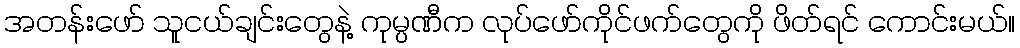
အတန်းဖော် သူငယ်ချင်းတွေနဲ့ ကုမ္ပဏီက လုပ်ဖော်ကိုင်ဖက်တွေကို ဖိတ်ရင် ကောင်းမယ်။